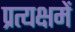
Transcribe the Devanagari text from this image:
प्रत्यक्षमें